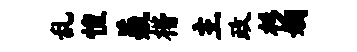
乱惶羲楷主政杉姻